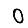
Digit: 0